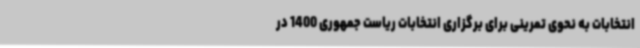
انتخابات به نحوی تمرینی برای برگزاری انتخابات ریاست جمهوری 1400 در